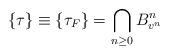
LaTeX: \begin{align*}\{\tau \} \equiv \{ \tau_F \} = \bigcap_{n \ge 0} B^n_{v^n}\end{align*}